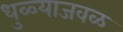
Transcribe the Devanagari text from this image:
धुळ्याजवळ